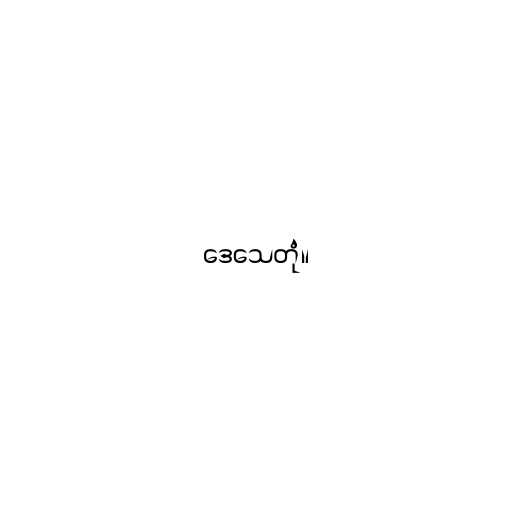
ဒေသေတုံ။